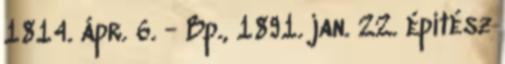
1814. ápr. 6. - Bp., 1891. jan. 22. építész